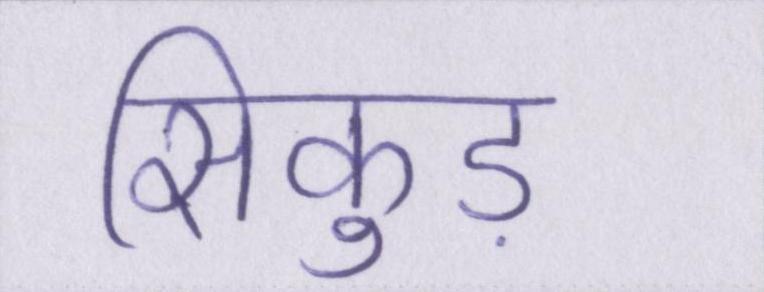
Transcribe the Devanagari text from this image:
सिकुड़